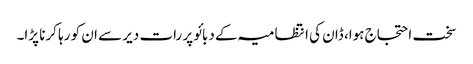
سخت احتجاج ہوا، ڈان کی انتظامیہ کے دبائو پر رات دیر سے ان کو رہا کرنا پڑا۔